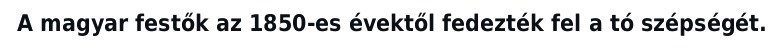
A magyar festők az 1850-es évektől fedezték fel a tó szépségét.